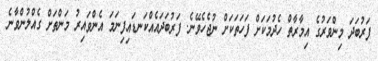
ފަރުބަދަ މިންވަރުގެ އިމާރާތް ހެދުމަކަށް ފަހަތަކަށް ނުޖެހެވޭނެ. ފަރުބަދައެއްކަނޑައިފިނަމަ އެންވައިރު މަންތަށް ގެއްލުންވާނެ